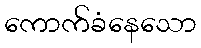
ကောက်ခံနေသော